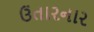
ઉતારનાર